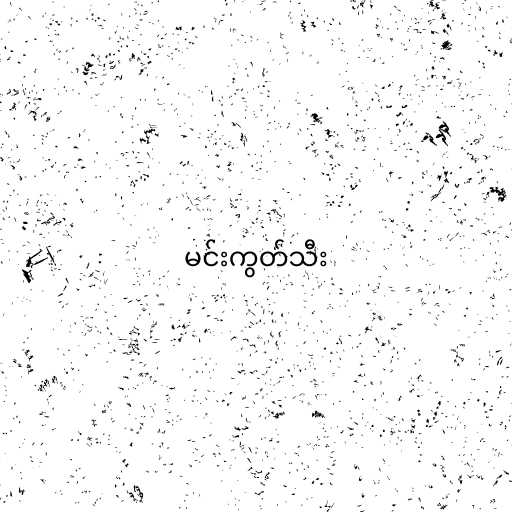
မင်းကွတ်သီး